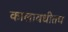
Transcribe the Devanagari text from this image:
कालावधीतच